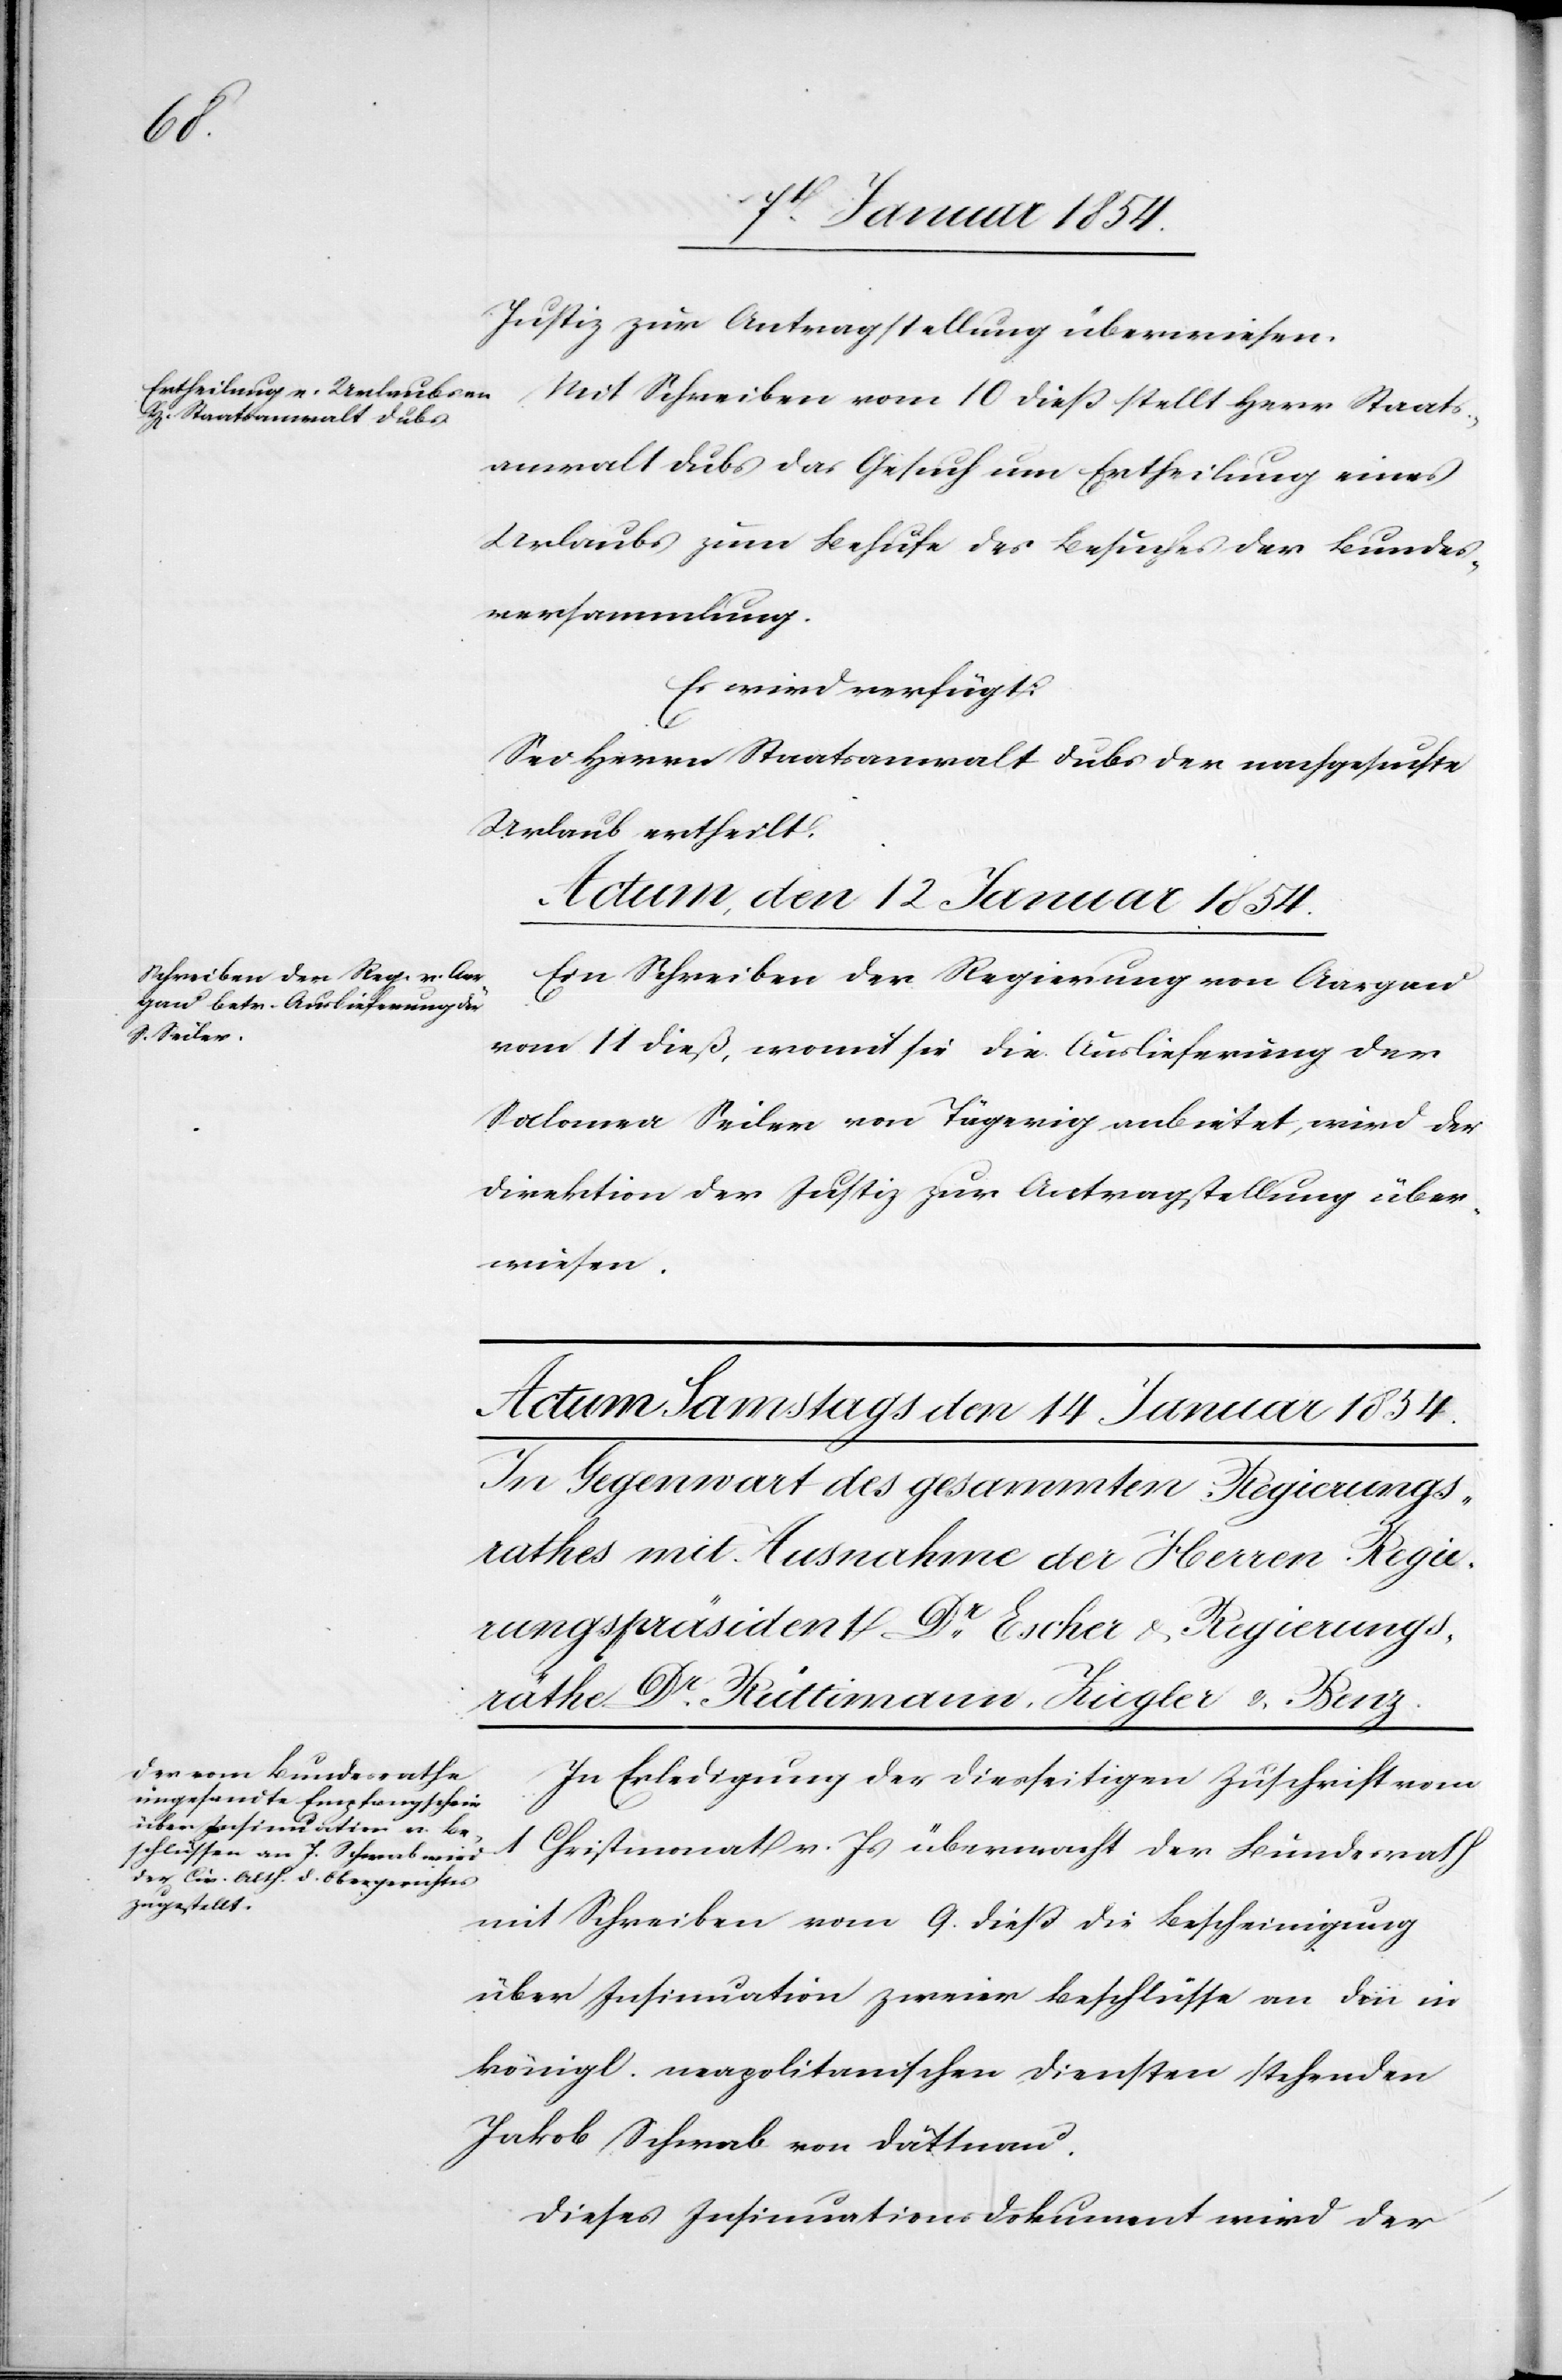
Justiz zur Antragstellung überwiesen.
Mit Schreiben vom 10 dieß stellt Herr Staats¬
anwalt Dubs das Gesuch um Ertheilung eines
Urlaubs zum Behufe des Besuches der Bundes¬
versammlung.
Es wird verfügt:
Sei Herrn Staatsanwalt Dubs der nachgesuchte
Urlaub ertheilt.
Actum, den 12. Januar 1854.
Ein Schreiben der Regierung von Aargau
vom 11 dieß, womit sie die Auslieferung der
Salomea Seiler von Tägerig anbietet, wird der
Direktion der Justiz zur Antragstellung über¬
wiesen.
In Erledigung der diesseitigen Zuschrift vom
1
Christmonat v. Js übermacht der Bundesrath
mit Schreiben vom 9. dieß die Bescheinigung
über Insinuation zweier Beschlüsse an den in
königl. neapolitanischen Diensten stehenden
Jakob Schwab von Dättnau.
Dieses Insinuationsdokument wird der